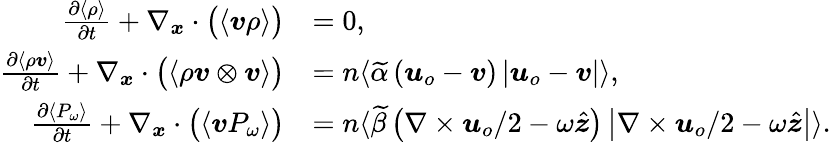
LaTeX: \begin{array}{rl}{\frac{\partial\langle\rho\rangle}{\partial t}+\nabla_{\boldsymbol{x}}\cdot\big(\langle\boldsymbol{v}\rho\rangle\big)}&{=0,}\\ {\frac{\partial\langle\rho\boldsymbol{v}\rangle}{\partial t}+\nabla_{\boldsymbol{x}}\cdot\big(\langle\rho\boldsymbol{v}\otimes\boldsymbol{v}\rangle\big)}&{=n\langle\widetilde{\alpha}\left(\boldsymbol{u}_{o}-\boldsymbol{v}\right)\left|\boldsymbol{u}_{o}-\boldsymbol{v}\right|\rangle,}\\ {\frac{\partial\langle P_{\omega}\rangle}{\partial t}+\nabla_{\boldsymbol{x}}\cdot\big(\langle\boldsymbol{v}P_{\omega}\rangle\big)}&{=n\langle\widetilde{\beta}\left(\nabla\times\boldsymbol{u}_{o}/2-\omega\hat{\boldsymbol{z}}\right)\left|\nabla\times\boldsymbol{u}_{o}/2-\omega\hat{\boldsymbol{z}}\right|\rangle.}\end{array}